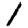
Digit: 1